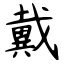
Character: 戴